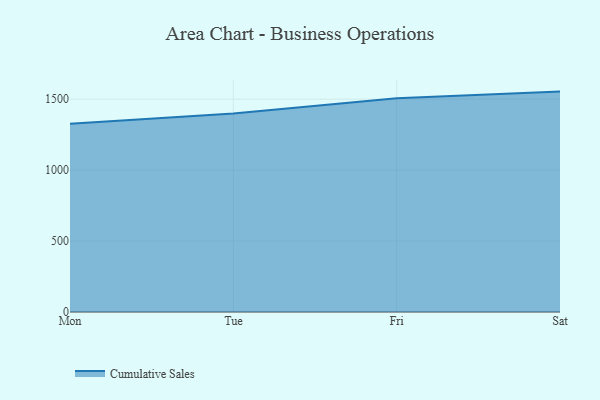
{"axis": {"x": "Day", "y": "Latency (ms)"}, "legend": ["Cumulative Sales"], "data": [{"x": "Mon", "y": 1327.1, "type": "Cumulative Sales"}, {"x": "Tue", "y": 1399.4, "type": "Cumulative Sales"}, {"x": "Fri", "y": 1507.4, "type": "Cumulative Sales"}, {"x": "Sat", "y": 1553.4, "type": "Cumulative Sales"}]}